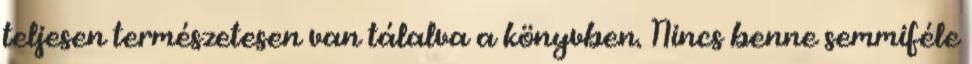
teljesen természetesen van tálalva a könyvben. Nincs benne semmiféle